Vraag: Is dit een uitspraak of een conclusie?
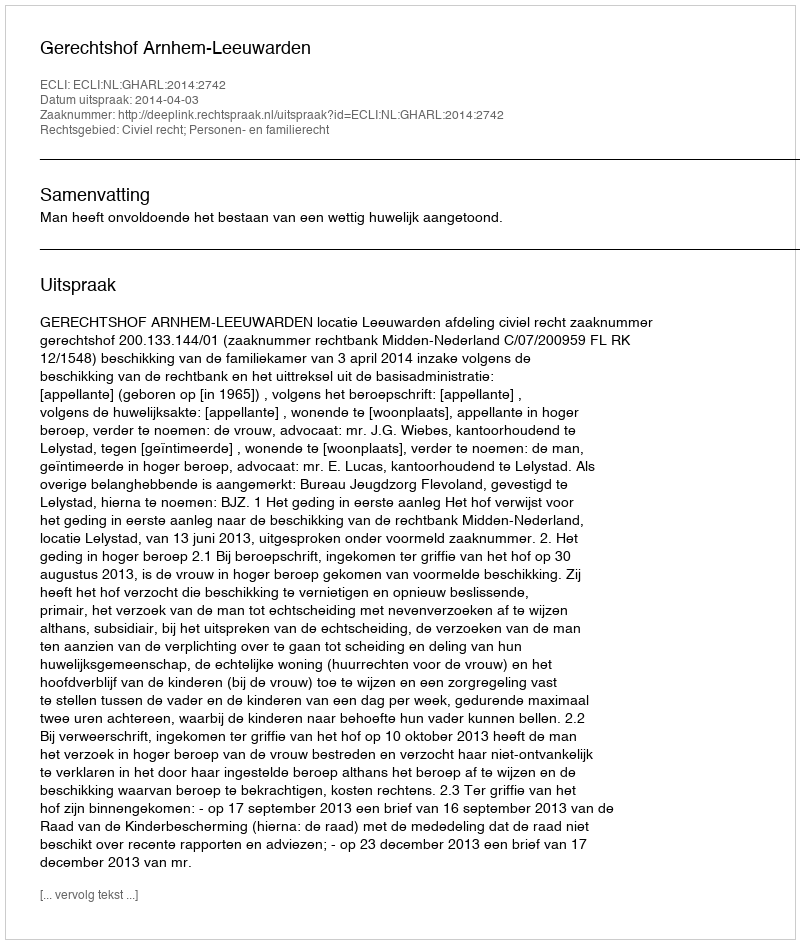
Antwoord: Uitspraak